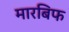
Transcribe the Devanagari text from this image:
मारबिफ